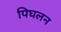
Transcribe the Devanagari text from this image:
पिघलन